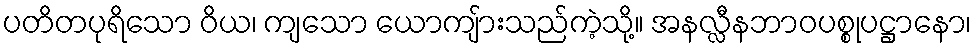
ပတိတပုရိသော ဝိယ၊ ကျသော ယောကျ်ားသည်ကဲ့သို့။ အနလ္လီနဘာဝပစ္စုပဋ္ဌာနော၊